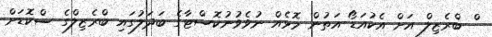
ް ބްރެޒިލް އަށް އެކުއަޑޯ އަތުން މޮޅެއް ނުވެވުނުކޮސްޓާގެ ބަދަލުގައި ބްރެޒިލްގެ ސްކޮޑަށް